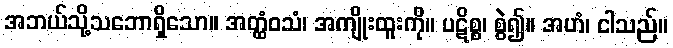
အဘယ်သို့သဘောရှိသော။ အတ္ထံဝသံ၊ အကျိုးထူးကို။ ပဋိစ္စ၊ စွဲ၍။ အဟံ၊ ငါသည်။